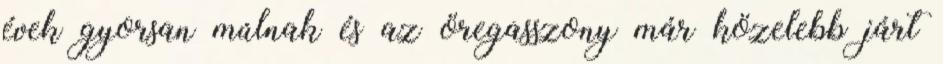
évek gyorsan múlnak és az öregasszony már közelebb járt